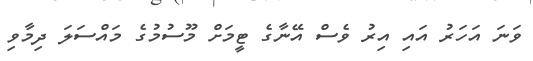
ވަނަ އަހަރު އައި އިރު ވެސް އޭނާގެ ޓީމަށް މޫސުމުގެ މައްސަަަލަ ދިމާވި